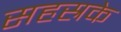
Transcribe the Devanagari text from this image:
सहस्रके